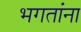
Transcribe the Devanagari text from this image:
भगतांना